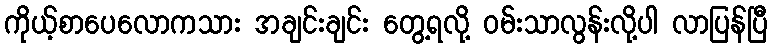
ကိုယ့်စာပေလောကသား အချင်းချင်း တွေ့ရလို့ ဝမ်းသာလွန်းလို့ပါ လာပြန်ပြီ